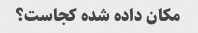
مکان داده شده کجاست؟